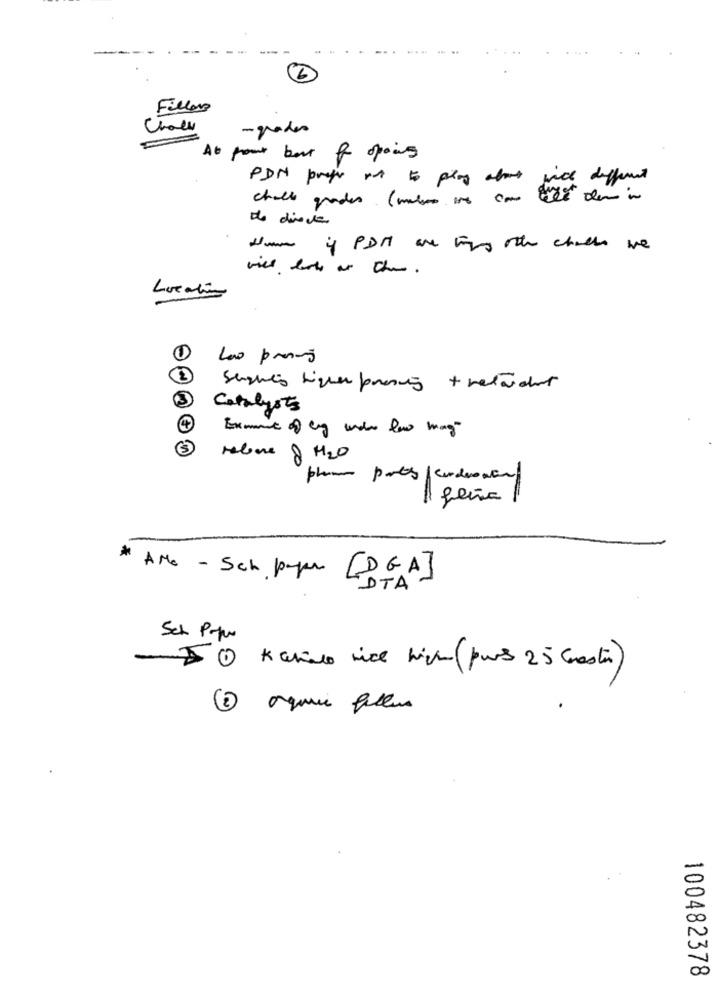
-
6
Fillers
Chace
-grades
At pout bort for opains
PDN prefer not to play about
face different
chall grades (mls one can tile de in
de directe
if PDM are ties other checks we
Location
1
Lao presão
Catalysts
Exment of eng under law mag"
Helene 8 H2O
phone parts corderowen
* AMe - Sch paper [DGA]
DTA"
Sch Plus
- I kanis nice nice (purs 25 Gesti)
100482378